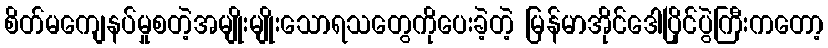
စိတ်မကျေနပ်မှုစတဲ့အမျိုးမျိုးသောရသတွေကိုပေးခဲ့တဲ့ မြန်မာအိုင်ဒေါပြိုင်ပွဲကြီးကတော့